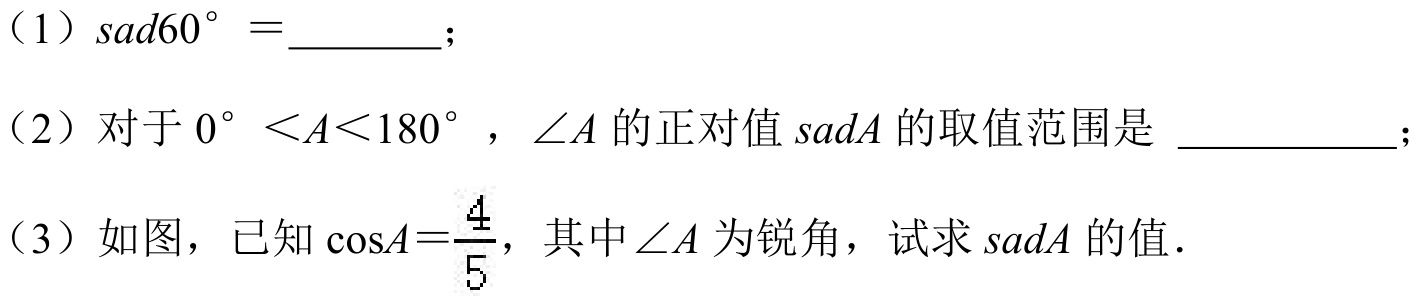
（1）\(sad60^{\circ} =\)  ；
（2）对于\(0^{\circ} < A < 180^{\circ}\)，\(\angle A\)的正对值\(sadA\)的取值范围是  ；
（3）如图，已知\(\cos A=\frac{4}{5}\)，其中\(\angle A\)为锐角，试求\(sadA\)的值．